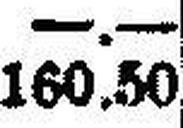
160.50